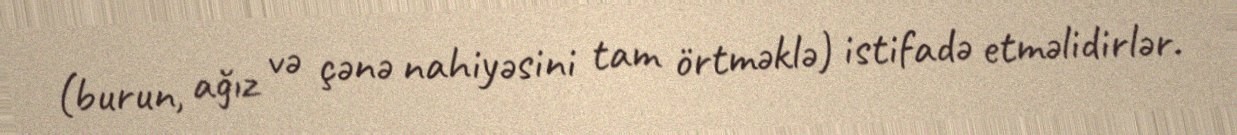
(burun, ağız və çənə nahiyəsini tam örtməklə) istifadə etməlidirlər.